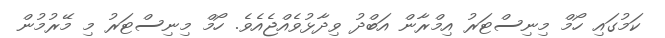
ކަމުގައި ހޯމް މިނިސްޓަރު އިމްރާން އަބްދު ވިދާޅުވެއްޖެއެވެ. ހޯމް މިނިސްޓަރު މި މޭރުމުން